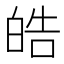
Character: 皓